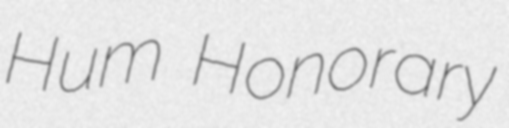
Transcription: Hum Honorary